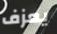
يعزف